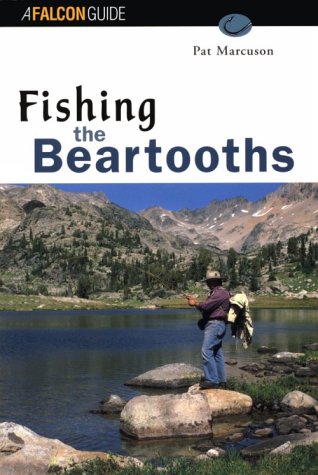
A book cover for Fishing the Beartooths (Regional Fishing Series); Pat Marcuson; Travel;